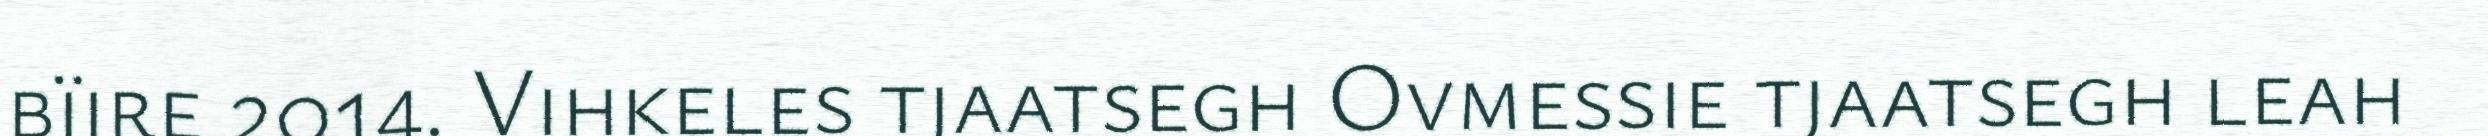
bïjre 2014. Vihkeles tjaatsegh Ovmessie tjaatsegh leah